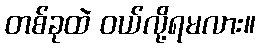
တစ်ခုထဲ ဝယ်လို့ရမလား။